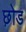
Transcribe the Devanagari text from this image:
छ़ोड